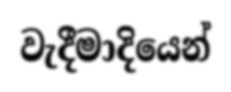
වැදීමාදියෙන්